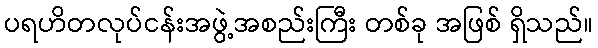
ပရဟိတလုပ်ငန်းအဖွဲ့အစည်းကြီး တစ်ခု အဖြစ် ရှိသည်။